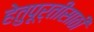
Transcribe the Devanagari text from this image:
हेतुपूर्तीसाठी